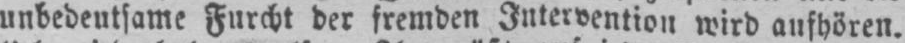
unbedeutsame Furcht der fremden Intervention wird aufhören.